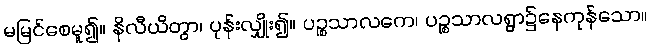
မမြင်စေမူ၍။ နိလီယိတွာ၊ ပုန်းလျှိုး၍။ ပဉ္စသာလကေ၊ ပဉ္စသာလရွာ၌နေကုန်သော။